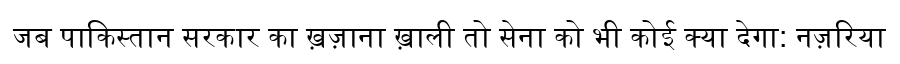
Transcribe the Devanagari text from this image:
जब पाकिस्तान सरकार का ख़ज़ाना ख़ाली तो सेना को भी कोई क्या देगा: नज़रिया